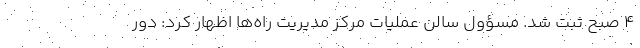
4 صبح ثبت شد. مسؤول سالن عملیات مرکز مدیریت راه‌ها اظهار کرد: دور